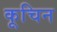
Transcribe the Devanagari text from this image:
कूचिन